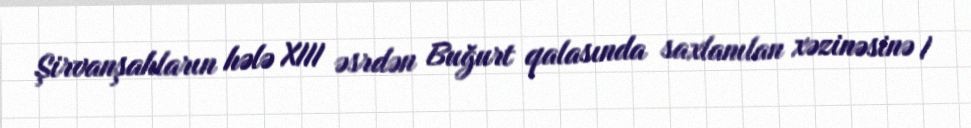
Şirvanşahların hələ XIII əsrdən Buğurt qalasında saxlanılan xəzinəsinə I